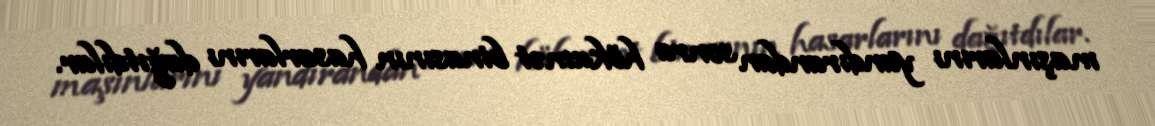
maşınlarını yandırandan sonra hökumət binasının hasarlarını dağıtdılar.